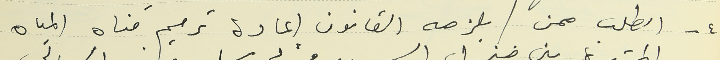
٤ - الطلب ممن يلزمه القانون اعادة ترميم قناه المياه